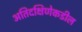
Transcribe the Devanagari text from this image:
अतिदक्षिणेकडील